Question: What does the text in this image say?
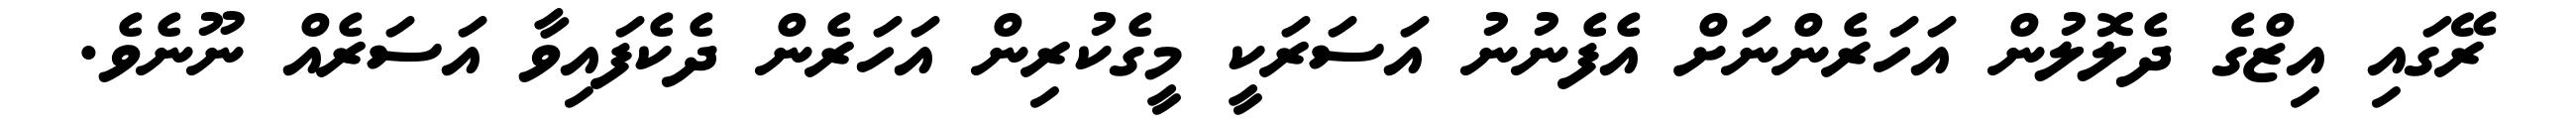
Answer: ރޭގައި އިޒްގެ ދެލޮލުން އަހަރެންނަށް އެފެނުނު އަސަރަކީ މީގެކުރިން އަހަރެން ދެކެފައިވާ އަސަރެއް ނޫނެވެ.